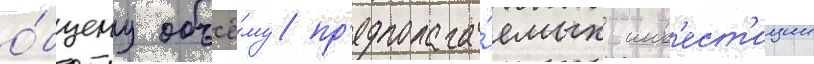
о́бщему объё́му пр'едполага́емых инв'ест'иции